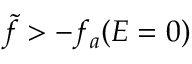
\tilde { f } > - f _ { a } ( { \cal E } = 0 )